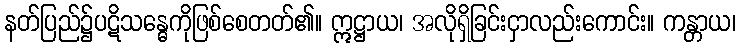
နတ်ပြည်၌ပဋိသန္ဓေကိုဖြစ်စေတတ်၏။ ဣဋ္ဌာယ၊ အလိုရှိခြင်းငှာလည်းကောင်း။ ကန္တာယ၊